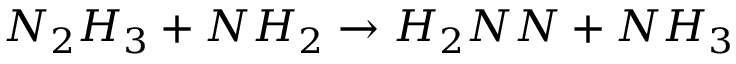
N _ { 2 } H _ { 3 } + N H _ { 2 } \rightarrow H _ { 2 } N N + N H _ { 3 }